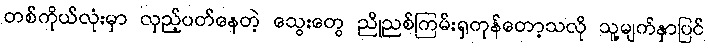
တစ်ကိုယ်လုံးမှာ လှည့်ပတ်နေတဲ့ သွေးတွေ ညိုညစ်ကြမ်းရှကုန်တော့သလို သူ့မျက်နှာပြင်